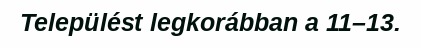
Települést legkorábban a 11–13.